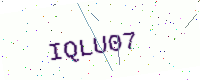
Text: IQLU07